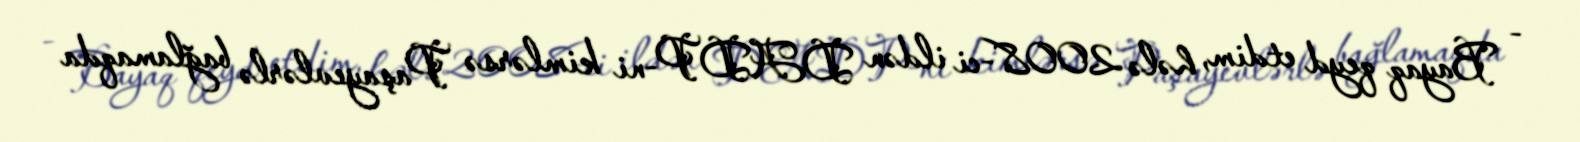
- Bayaq qeyd etdim, hələ 2008-ci ildən DADP-ni kimlərsə Paşayevlərlə bağlamaqda